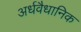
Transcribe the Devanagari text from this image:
अर्धवैधानिक